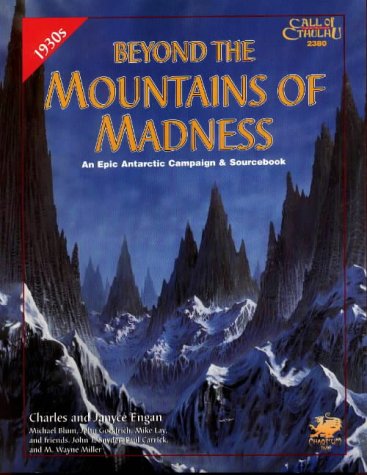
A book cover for Beyond the Mountains of Madness: An Epic Campaign and Sourcebook (Call of Cthulhu Horror Roleplaying, #2380); Charles Engan; Science Fiction & Fantasy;